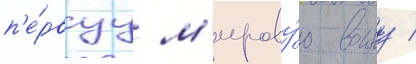
п'е́рвуу м'ирову́ю воину /